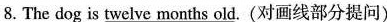
8. The dog is \underline{twelve months old} . (对画线部分提问)